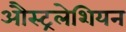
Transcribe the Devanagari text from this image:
औस्ट्रलेशियन